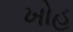
ખોહ